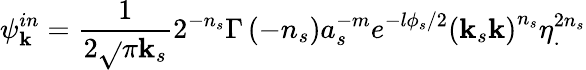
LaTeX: \psi_{\mathbf{k}}^{in}=\frac{{1}}{{2\sqrt{}{{\pi\mathbf{k}_{s}}}}}2^{-n_{s}}\Gamma\left(-n_{s}\right)a_{s}^{-m}e^{-l\phi_{s}/2}\left(\mathbf{k}_{s}\mathbf{k}\right)^{n_{s}}\eta_{.}^{2n_{s}}